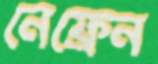
নেফ্রেন